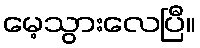
မေ့သွားလေပြီ။